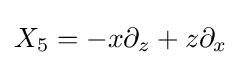
X_{5}=-x\partial _{z}+z\partial _{x}